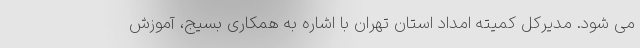
می شود. مدیرکل کمیته امداد استان تهران با اشاره به همکاری بسیج، آموزش